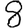
Digit: 8